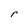
Character: r